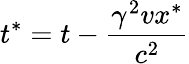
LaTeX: t^{\ast}=t-{\frac{\gamma^{2}vx^{*}}{c^{2}}}